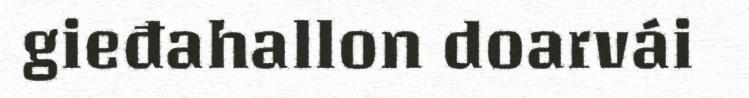
gieđahallon doarvái